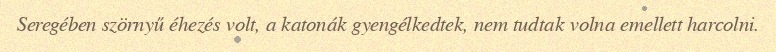
Seregében szörnyű éhezés volt, a katonák gyengélkedtek, nem tudtak volna emellett harcolni.